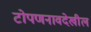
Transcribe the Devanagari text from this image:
टोपणनावदेखील